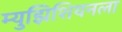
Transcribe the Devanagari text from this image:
म्युझिशियनला